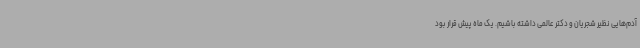
آدم‌هایی نظیر شجریان و دکتر عالمی داشته باشیم. یک ماه پیش قرار بود